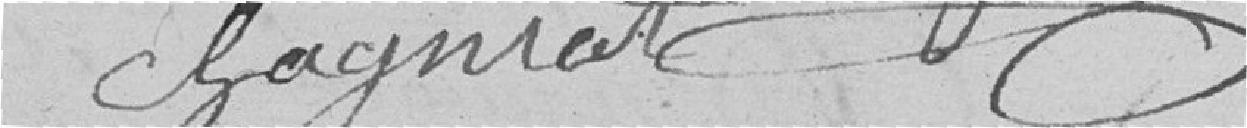
Chagniat